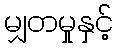
မျှတမှုနှင့်